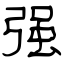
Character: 强